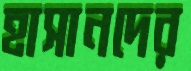
হাসানদের